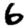
Digit: 6